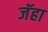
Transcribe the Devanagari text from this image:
जॅहा